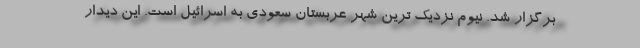
برگزار شد. نیوم نزدیک ترین شهر عربستان سعودی به اسرائیل است. این دیدار